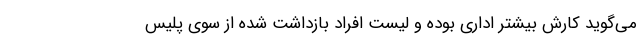
می‌گوید کارش بیشتر اداری بوده و لیست افراد بازداشت شده از سوی پلیس